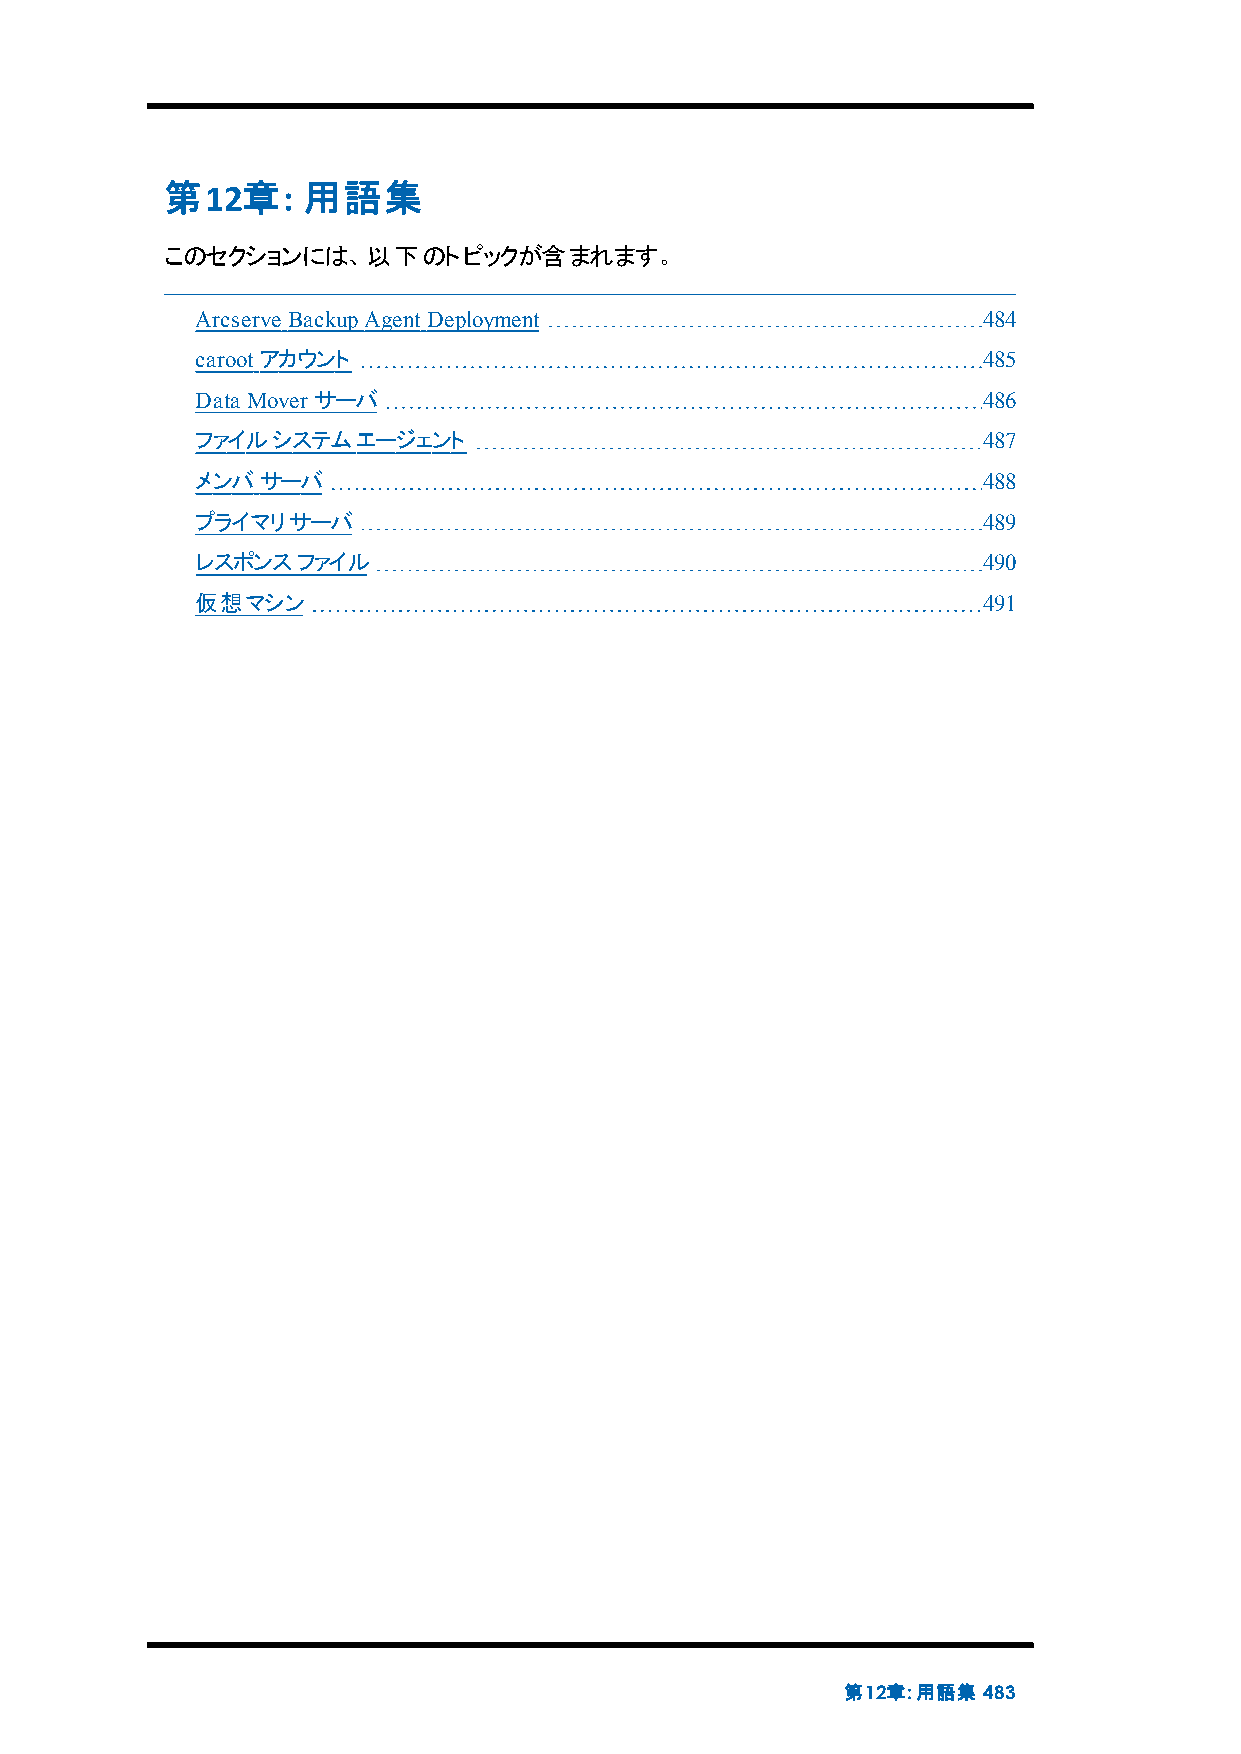
第12章:    用語集
 このセクションには、以下のトピックが含まれます。
 Arcserve BackupAgentDeployment                      484
 carootアカウント                                         485
 Data Mover サーバ                                      486
 ファイルシステムエージェント                                      487
 メンバサーバ                                              488
 プライマリサーバ                                            489
 レスポンスファイル                                           490
 仮想マシン                                               491
 第12章:用語集 483